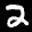
Label: 2